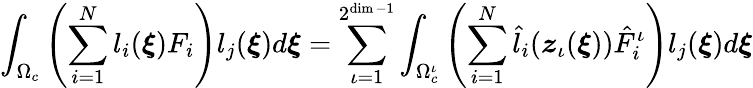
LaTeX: \int_{\Omega_{c}}\left(\sum_{i=1}^{N}l_{i}(\boldsymbol{\xi})F_{i}\right)l_{j}(\boldsymbol{\xi})d\boldsymbol{\xi}=\sum_{\iota=1}^{2^{\dim-1}}\int_{\Omega_{c}^{\iota}}\left(\sum_{i=1}^{N}\hat{l}_{i}(\boldsymbol{z}_{\iota}(\boldsymbol{\xi}))\hat{F}_{i}^{\iota}\right)l_{j}(\boldsymbol{\xi})d\boldsymbol{\xi}